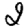
Digit: 2